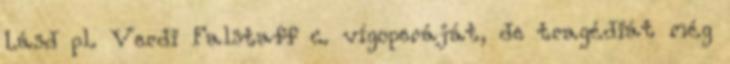
Lásd pl. Verdi Falstaff c. vígoperáját, de tragédiát még